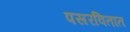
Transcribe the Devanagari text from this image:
पसरवितात